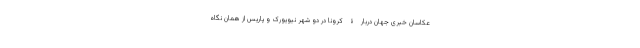
عکاسان خبری جهان دربارۀ کرونا در دو شهر نیویورک و پاریس از همان نگاه